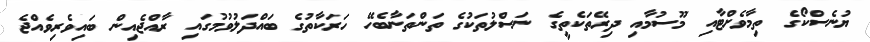
ޔުނެސްކޯގެ ތިމާވެށްޓާއި މޫސުމާއި ދިރޭތަކެތީގެ ނަސްލުތަކުގެ ތަންތަނާބެހޭ ހަރަކާތުގެ ބައްދަލުވުމުގައި ރާއްޖެއިން ބައިވެރިވެއްޖެ